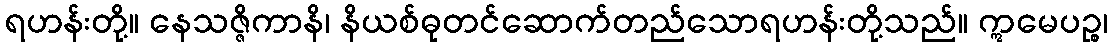
ရဟန်းတို့။ နေသဇ္ဇိကာနိ၊ နိယစ်ဓုတင်ဆောက်တည်သောရဟန်းတို့သည်။ ဣမေပဉ္စ၊